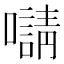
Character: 𡃑